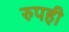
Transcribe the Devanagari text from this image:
रुपही